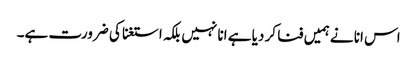
اس انا نے ہمیں فنا کر دیا ہے انا نہیں بلکہ استغنا کی ضرورت ہے۔